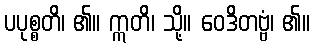
ပပုစ္စတိ၊ ၏။ ဣတိ၊ သို့။ ဝေဒိတဗ္ဗံ၊ ၏။